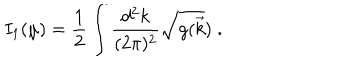
I _ { 1 } ( \mu ) = { \frac { 1 } { 2 } } \int \frac { d ^ { 2 } k } { ( 2 \pi ) ^ { 2 } } { \sqrt { g ( \vec { k } } ) } \; .